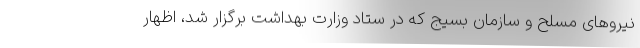
نیروهای مسلح و سازمان بسیج که در ستاد وزارت بهداشت برگزار شد، اظهار